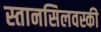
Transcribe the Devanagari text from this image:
स्तानसिलवस्की